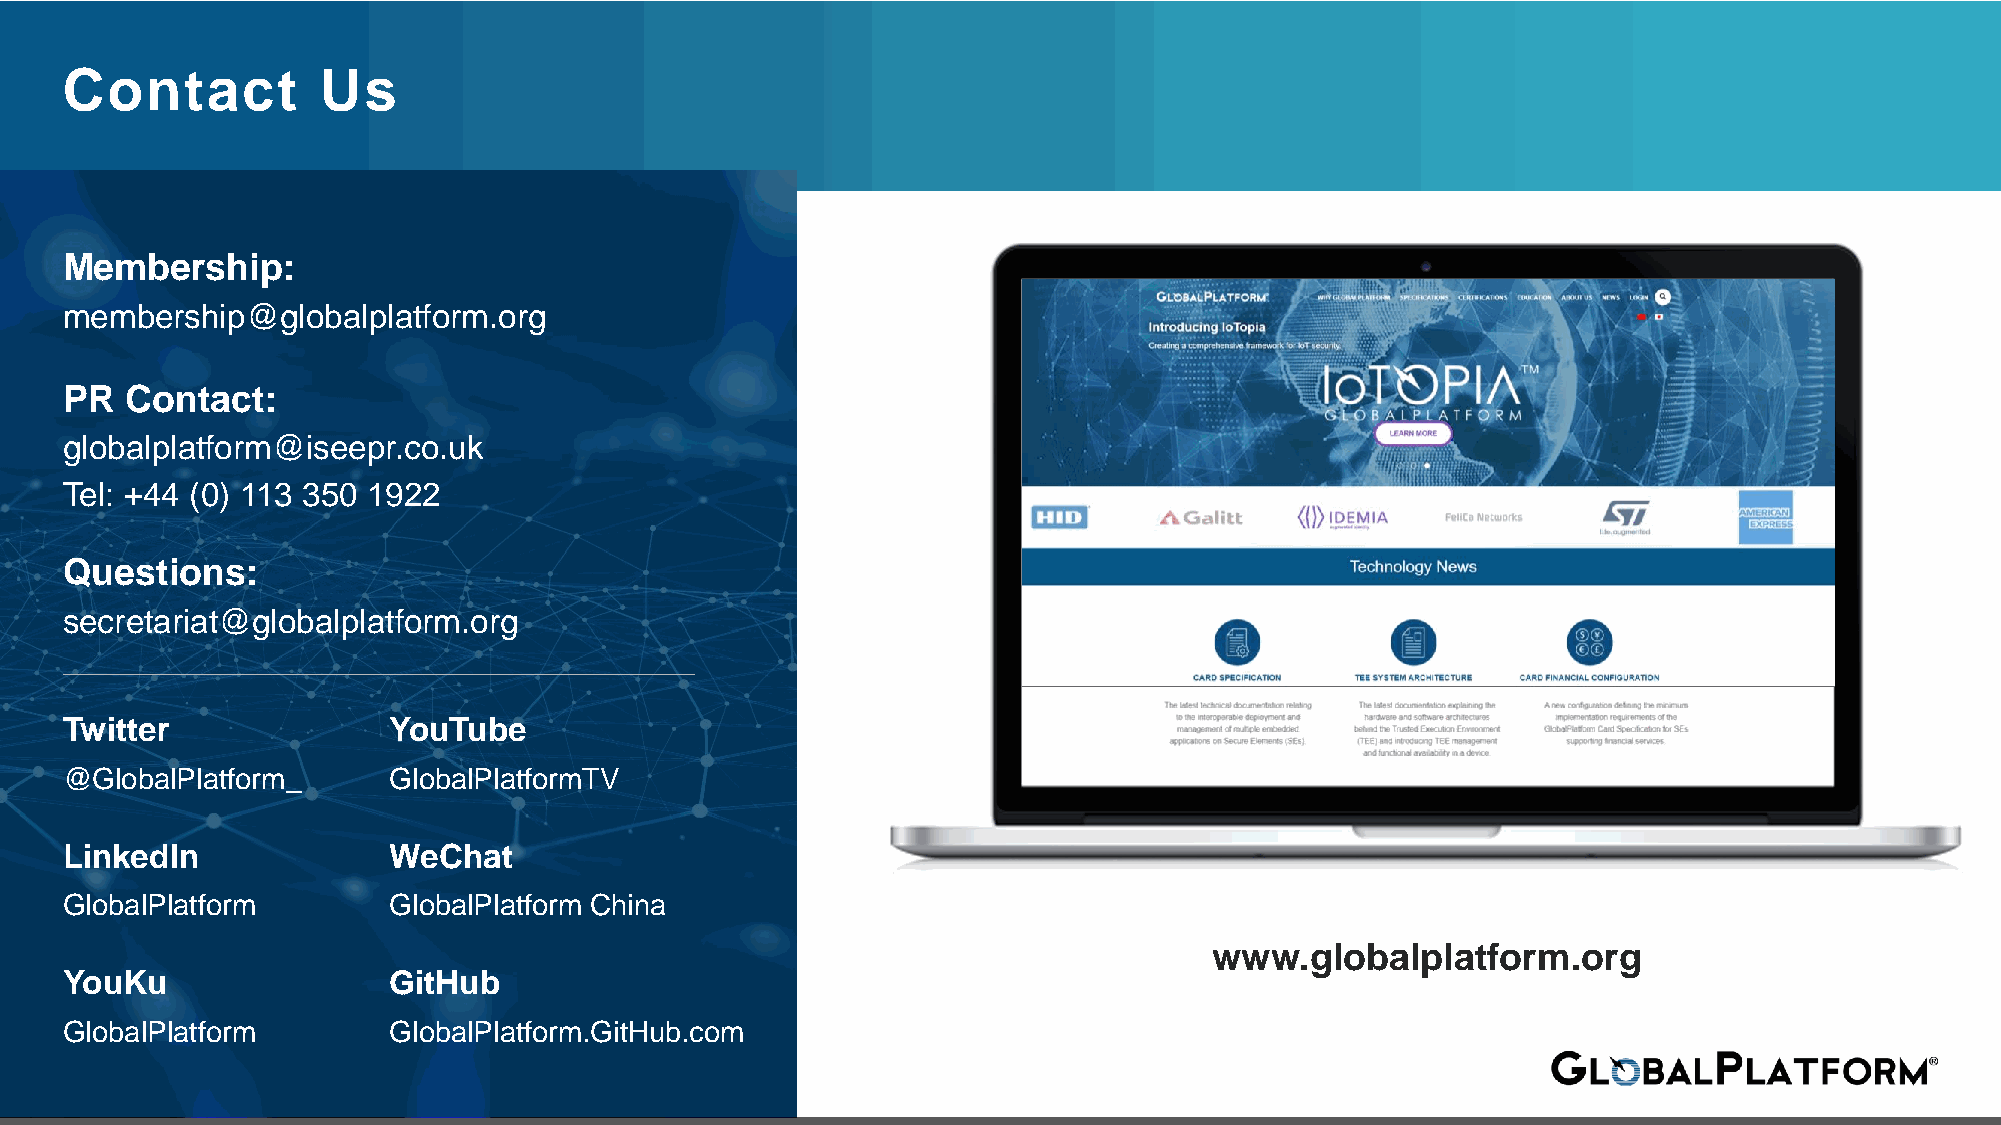
Contact          Us
 Membership:
 membership@globalplatform.org
 PR  Contact:
 globalplatform@iseepr.co.uk
 Tel: +44 (0) 113 350 1922
 Questions:
 secretariat@globalplatform.org
 Twitter               YouTube
 @GlobalPlatform_      GlobalPlatformTV
 LinkedIn              WeChat
 GlobalPlatform        GlobalPlatform China
 www.globalplatform.org
 YouKu                 GitHub
 GlobalPlatform        GlobalPlatform.GitHub.com
 16